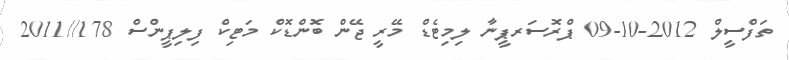
ތަފްސީލް 2012-10-09 ޕްރޮސަރޕީނާ ލިމިޓެޑް މޭރީ ޖޭން ބޮންޑޮކް މަޓިކް ފިލިޕީންސް 178//2011